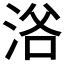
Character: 𱦣